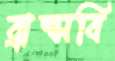
ব্রান্সবি